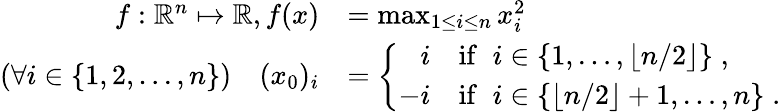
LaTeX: \begin{array}{rl}{f:\mathbb{R}^{n}\mapsto\mathbb{R},f(x)}&{=\operatorname*{max}_{1\leq i\leq n}x_{i}^{2}}\\ {(\forall i\in\{ 1,2,\ldots,n\} )\quad(x_{0})_{i}}&{=\left\{ \begin{array}{ll}{\phantom{-}i}&{\mathrm{if}\; \; i\in\{ 1,\ldots,\lfloor n/2\rfloor\} \; ,}\\ {-i}&{\mathrm{if}\; \; i\in\{ \lfloor n/2\rfloor+1,\ldots,n\} \; .}\end{array}\right.}\end{array}